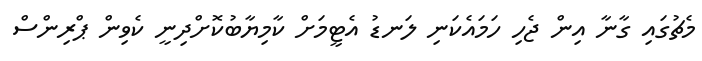
މެޗުގައި ގާނާ އިން ޖެހި ހަމައެކަނި ލަނޑު އެޓީމަށް ކާމިޔާބުކޮށްދިނީ ކެވިން ޕްރިންސް